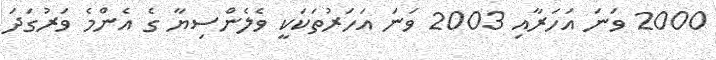
2000 ވަނަ އަހަރާއި 2003 ވަނަ އަހަރުތަކަކީ ވެލެންސިޔާ ގެ އެންމެ ވަރުގަދަ